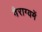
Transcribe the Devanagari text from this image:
वैराग्यमें